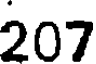
207